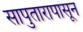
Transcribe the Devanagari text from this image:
सापुतारापासून